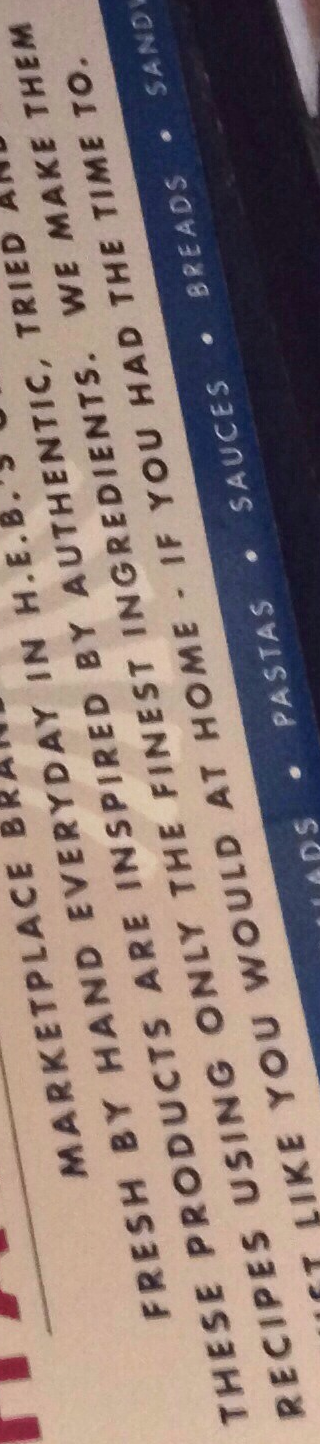
RECIPES USING ONLY THE FINEST INGREDIENTS. WE MAKE THEM